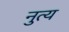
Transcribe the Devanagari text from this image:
नुत्य